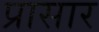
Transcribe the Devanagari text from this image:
प्रासार